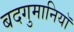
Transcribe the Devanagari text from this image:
बदगुमानियाॅ